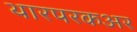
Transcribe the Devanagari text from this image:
थारपरकअर